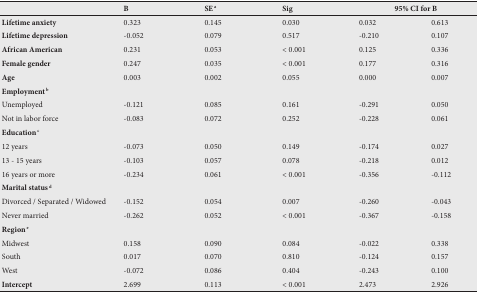
<table><thead><tr><td></td><td><b>B</b></td><td><b>SE <sup>a</sup></b></td><td><b>Sig</b></td><td colspan="2"><b>95% CI for B</b></td></tr></thead><tbody><tr><td><b>Lifetime anxiety</b></td><td>0.323</td><td>0.145</td><td>0.030</td><td>0.032</td><td>0.613</td></tr><tr><td><b>Lifetime depression</b></td><td>-0.052</td><td>0.079</td><td>0.517</td><td>-0.210</td><td>0.107</td></tr><tr><td><b>African American</b></td><td>0.231</td><td>0.053</td><td>&lt; 0.001</td><td>0.125</td><td>0.336</td></tr><tr><td><b>Female gender</b></td><td>0.247</td><td>0.035</td><td>&lt; 0.001</td><td>0.177</td><td>0.316</td></tr><tr><td><b>Age</b></td><td>0.003</td><td>0.002</td><td>0.055</td><td>0.000</td><td>0.007</td></tr><tr><td><b>Employment</b><sup><b>b</b></sup></td><td></td><td></td><td></td><td></td><td></td></tr><tr><td>Unemployed</td><td>-0.121</td><td>0.085</td><td>0.161</td><td>-0.291</td><td>0.050</td></tr><tr><td>Not in labor force</td><td>-0.083</td><td>0.072</td><td>0.252</td><td>-0.228</td><td>0.061</td></tr><tr><td><b>Education</b><sup><b>c</b></sup></td><td></td><td></td><td></td><td></td><td></td></tr><tr><td>12 years</td><td>-0.073</td><td>0.050</td><td>0.149</td><td>-0.174</td><td>0.027</td></tr><tr><td>13 - 15 years</td><td>-0.103</td><td>0.057</td><td>0.078</td><td>-0.218</td><td>0.012</td></tr><tr><td>16 years or more</td><td>-0.234</td><td>0.061</td><td>&lt; 0.001</td><td>-0.356</td><td>-0.112</td></tr><tr><td><b>Marital status</b><sup><b>d</b></sup></td><td></td><td></td><td></td><td></td><td></td></tr><tr><td>Divorced / Separated / Widowed</td><td>-0.152</td><td>0.054</td><td>0.007</td><td>-0.260</td><td>-0.043</td></tr><tr><td>Never married</td><td>-0.262</td><td>0.052</td><td>&lt; 0.001</td><td>-0.367</td><td>-0.158</td></tr><tr><td><b>Region</b><sup><b>e</b></sup></td><td></td><td></td><td></td><td></td><td></td></tr><tr><td>Midwest</td><td>0.158</td><td>0.090</td><td>0.084</td><td>-0.022</td><td>0.338</td></tr><tr><td>South</td><td>0.017</td><td>0.070</td><td>0.810</td><td>-0.124</td><td>0.157</td></tr><tr><td>West</td><td>-0.072</td><td>0.086</td><td>0.404</td><td>-0.243</td><td>0.100</td></tr><tr><td><b>Intercept</b></td><td>2.699</td><td>0.113</td><td>&lt; 0.001</td><td>2.473</td><td>2.926</td></tr></tbody></table>